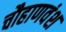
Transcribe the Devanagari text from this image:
चौहाणवंश